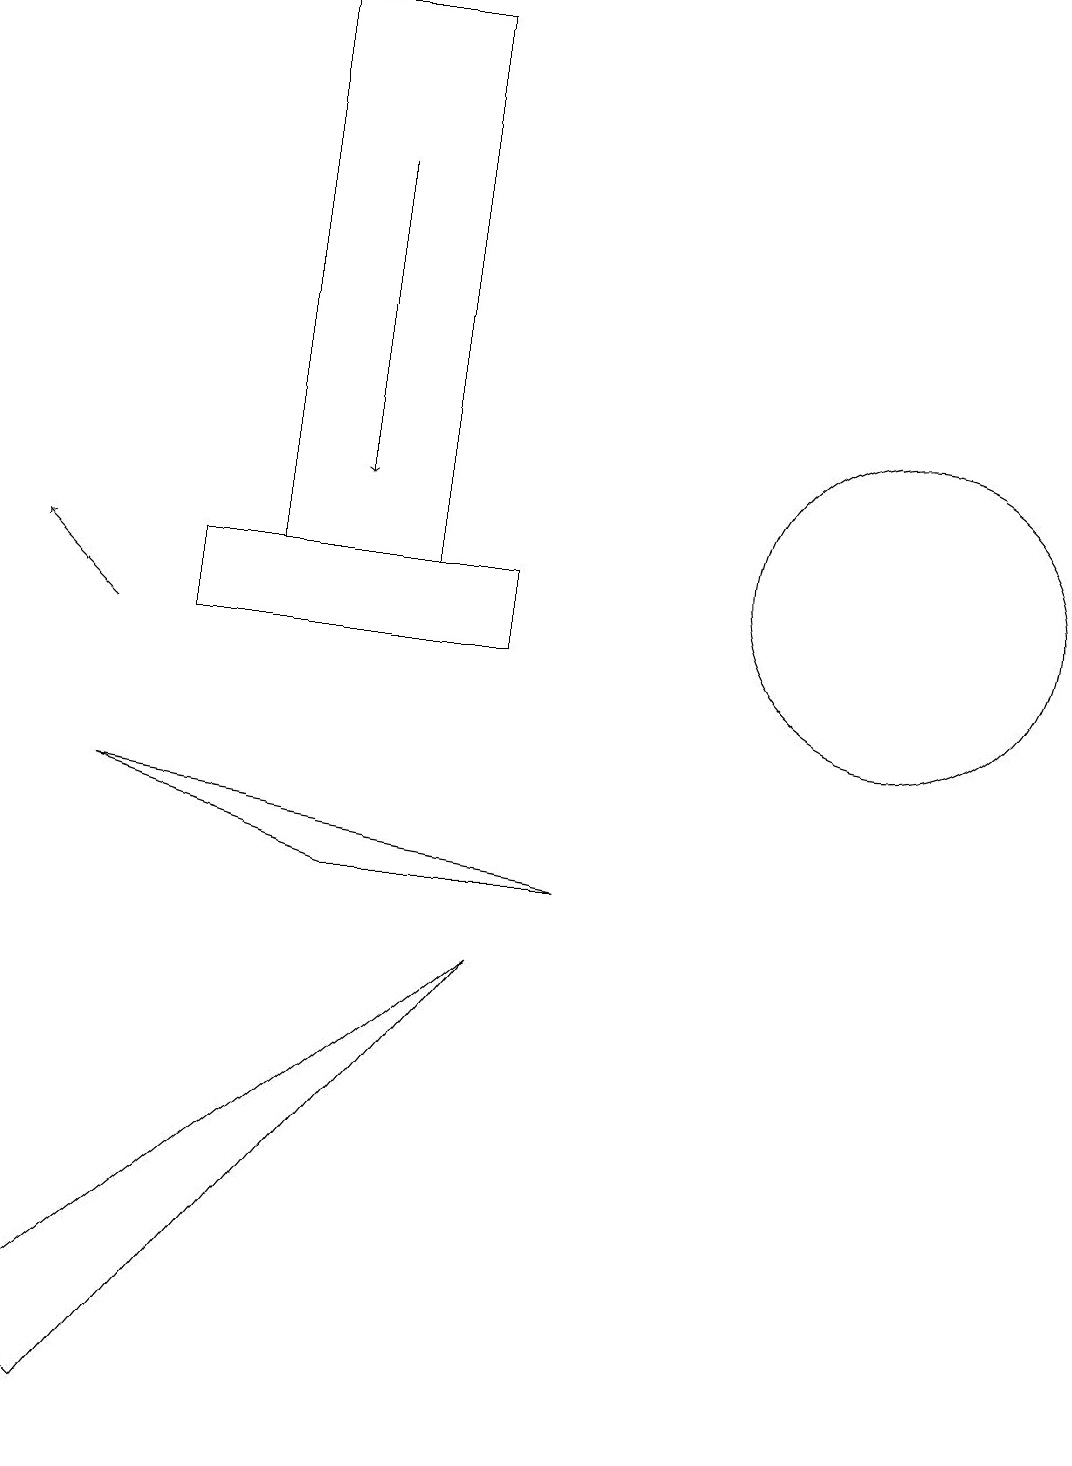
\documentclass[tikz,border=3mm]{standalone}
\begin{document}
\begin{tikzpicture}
\draw (7,7) -- (4,7) -- (1,8) -- cycle;
\draw (0,1) -- (6,6) -- (1,0) -- cycle;
\draw[->] (1,10) -- (0,11);
\draw (11,11) circle (2);
\draw (5,18) rectangle (3,11);
\draw[->] (4,16) -- (4,12);
\draw (2,10) rectangle (6,11);
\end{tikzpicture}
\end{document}